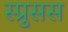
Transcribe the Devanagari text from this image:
स्प्रुसस